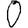
Digit: 0